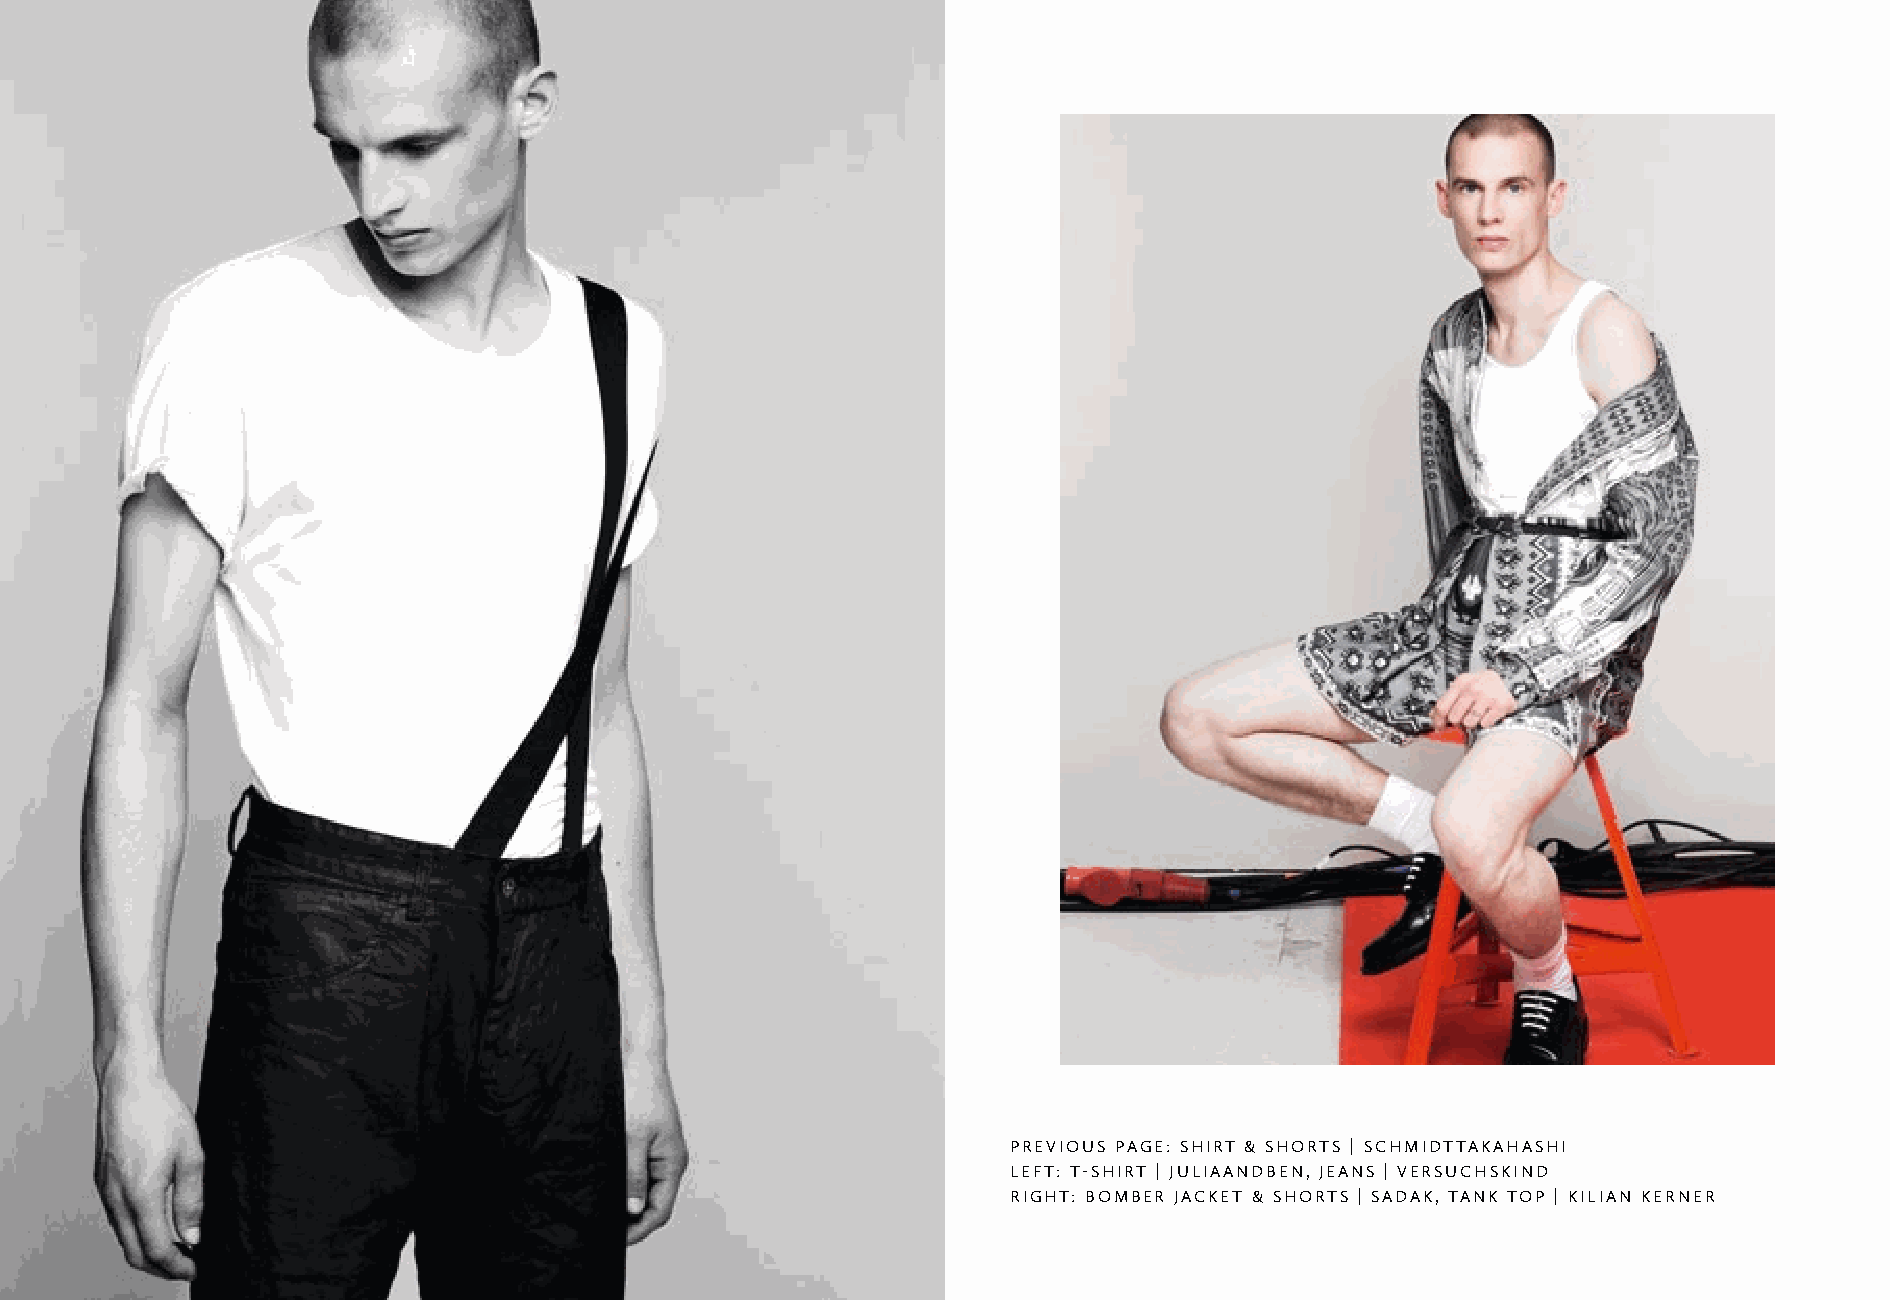
previous page: shirt & shorts | schMidttakahashi
 leFt: t-shirt | juliaandben, jeans | versuchskind
 right: boMber jacket & shorts | sadak, tank top | kilian kerner